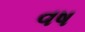
વષ